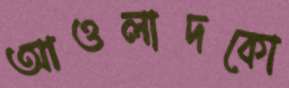
আওলাদকো